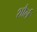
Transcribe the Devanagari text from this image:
शौर्ल